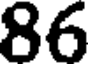
86